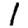
Digit: 1